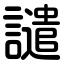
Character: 譴